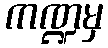
ကဏ္ဍမှ